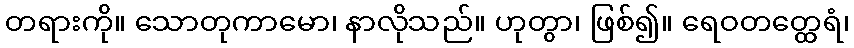
တရားကို။ သောတုကာမော၊ နာလိုသည်။ ဟုတွာ၊ ဖြစ်၍။ ရေဝတတ္ထေရံ၊